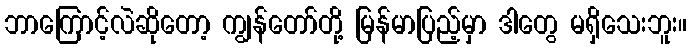
ဘာကြောင့်လဲဆိုတော့ ကျွန်တော်တို့ မြန်မာပြည့်မှာ ဒါတွေ မရှိသေးဘူး။